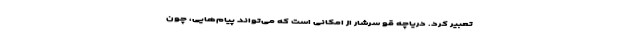
تعبیر کرد. دریاچه قو سرشار از امکانی است که می‌تواند پیام‌هایی، چون